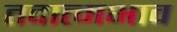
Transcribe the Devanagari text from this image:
तदात्मभाव